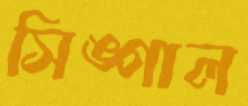
সিঙ্গাল